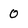
Character: 0